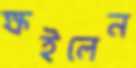
ক্ষইলেন